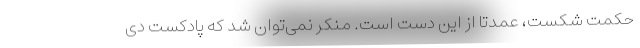
حکمتِ شکست، عمدتاً از این دست است. منکر نمی‌توان شد که پادکستِ دی